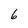
Character: 6